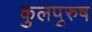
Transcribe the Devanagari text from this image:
कुलपुरुष